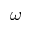
\boldsymbol { \omega }